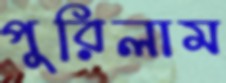
পুরিলাম